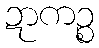
ဍာကဉ္စ